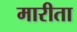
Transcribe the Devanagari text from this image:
मारीता